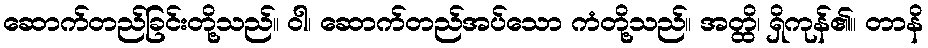
ဆောက်တည်ခြင်းတို့သည်။ ဝါ၊ ဆောက်တည်အပ်သော ကံတို့သည်။ အတ္ထိ၊ ရှိကုန်၏။ တာနိ